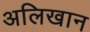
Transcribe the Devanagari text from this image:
अलिखान